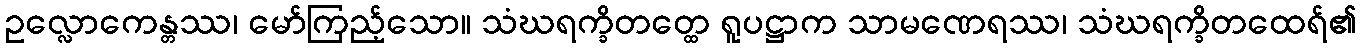
ဥလ္လောကေန္တဿ၊ မော်ကြည့်သော။ သံဃရက္ခိတတ္ထေ ရူပဋ္ဌာက သာမဏေရဿ၊ သံဃရက္ခိတထေရ်၏